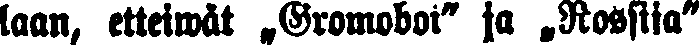
laan, etteiwät „Gromoboi" ja „Rossiia"